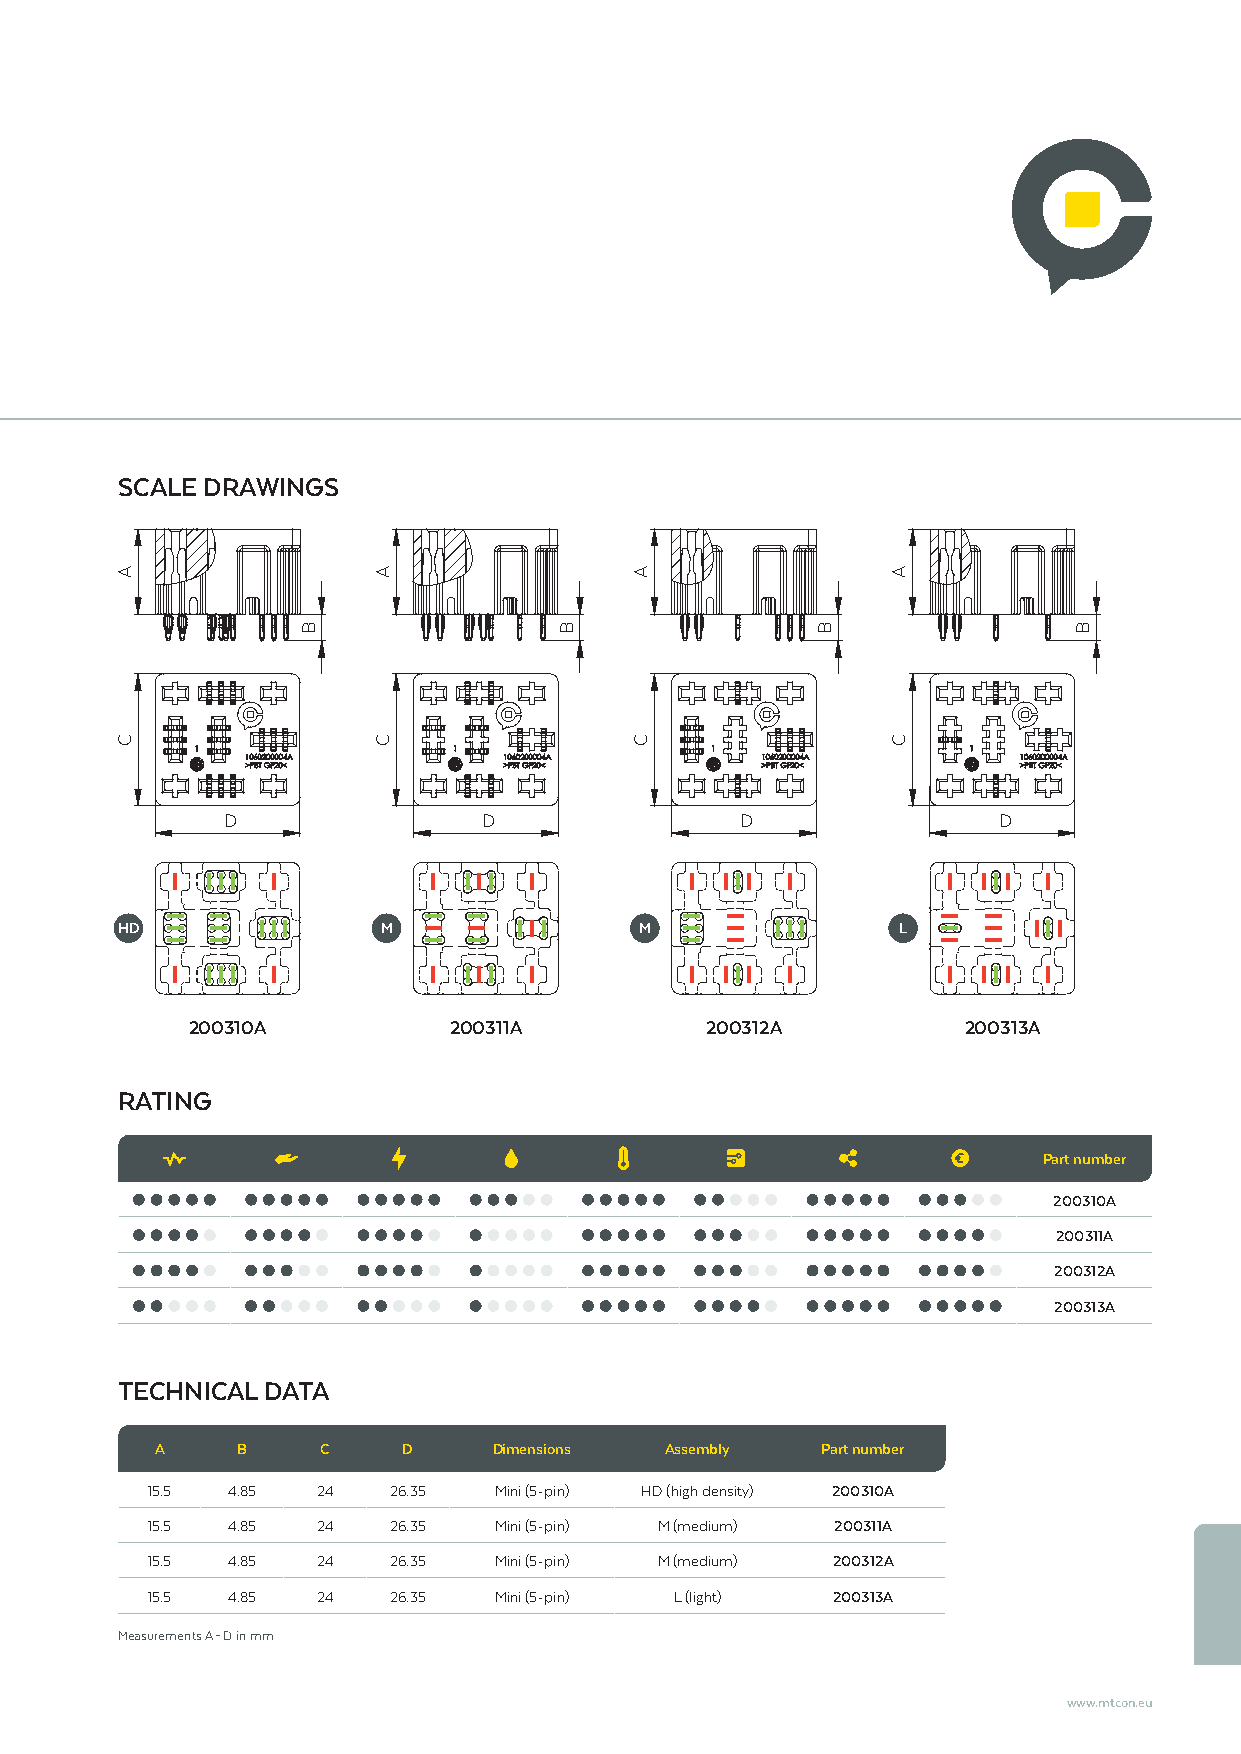
SCALE DRAWINGS
 D                D                D                D
 HD               M                M                L
 200310A           200311A          200312A          200313A
 RATING
 Part number
 200310A
 200311A
 200312A
 200313A
 TECHNICAL DATA
 A     B    C     D     Dimensions Assembly  Part number
 15.5 4.85  24   26.35  Mini (5-pin) HD (high density) 200310A
 15.5 4.85  24   26.35  Mini (5-pin) M (medium) 200311A
 15.5 4.85  24   26.35  Mini (5-pin) M (medium) 200312A
 15.5 4.85  24   26.35  Mini (5-pin) L (light) 200313A
 Measurements A – D in mm
 www.mtcon.eu
 A
 C
 B
 A
 C
 B
 A
 C
 B
 A
 C
 B